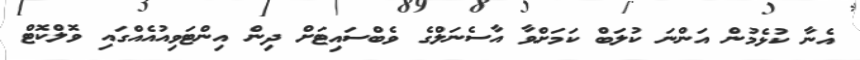
އެނާ ކުޅެމުން އަންނަ ކުލަބް ކަމަށްވާ އާސެނަލްގެ ވެބްސައިޓަށް ދިން އިންޓަވިއުއެއްގައި ވޮލްކޮޓް